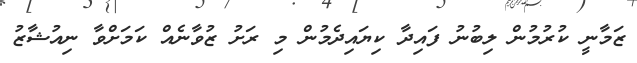
ޒަމާނީ ކުރުމުން ލިބުނު ފައިދާ ކިޔައިދެމުން މި ރަށު ޒުވާނެއް ކަމަށްވާ ނިއުޝާޒު